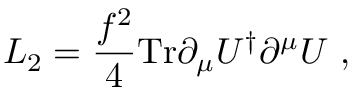
{ \cal L } _ { 2 } = { \frac { f ^ { 2 } } { 4 } } \mathrm { T r } \partial _ { \mu } U ^ { \dagger } \partial ^ { \mu } U ~ ,